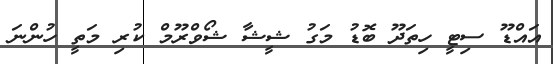
އައްޑޫ ސިޓީ ހިތަދޫ ބޮޑު މަގު ޝީޝާ ޝޯވްރޫމް ކުރި މަތީ ހުންނަ